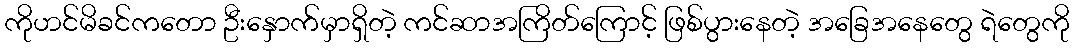
ကိုဟင်မိခင်ကတော ဦးနှောက်မှာရှိတဲ့ ကင်ဆာအကြိတ်ကြောင့် ဖြစ်ပွားနေတဲ့ အခြေအနေတွေ ရဲတွေကို